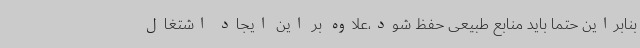
بنابراین حتماً باید منابع طبیعی حفظ شود،علاوه بر این ایجاد اشتغال